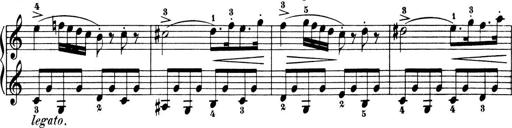
Title: 6 Piano Sonatinas
Composer: Cornelius Gurlitt